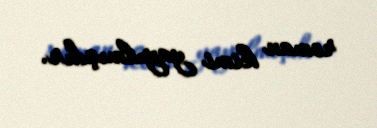
roman kimi yayılmışdır.